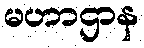
မဟာဌာန